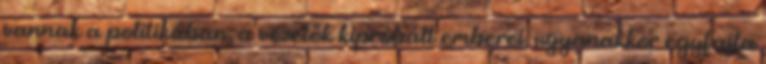
vannak a politikában, a vezetők kipróbált emberei, ugyanakkor egyfajta